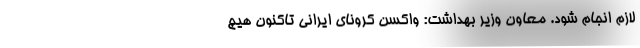
لازم انجام شود. معاون وزیر بهداشت: واکسن کرونای ایرانی تاکنون هیچ